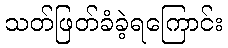
သတ်ဖြတ်ခံခဲ့ရကြောင်း